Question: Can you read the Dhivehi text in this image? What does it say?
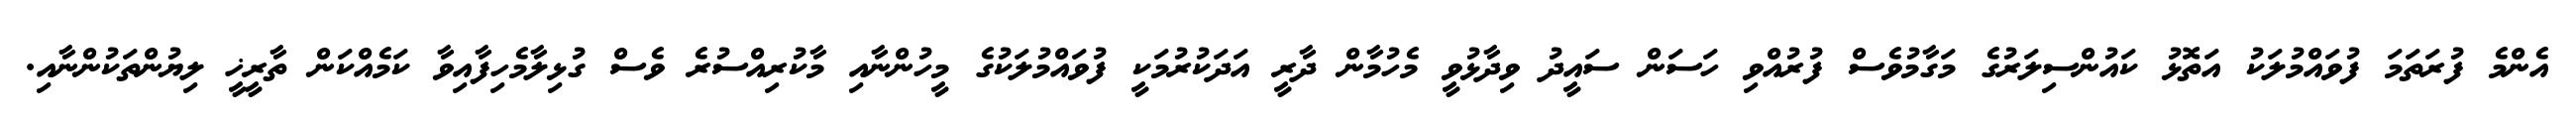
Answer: އެންމެ ފުރަތަމަ ފުވައްމުލަކު އަތޮޅު ކައުންސިލަރުގެ މަގާމުވެސް ފުރުއްވި ހަސަން ސައީދު ވިދާޅުވީ މެހުމާން ދާރީ އަދަކުރުމަކީ ފުވައްމުލަކުގެ މީހުންނާއި މާކުރިއްސުރެ ވެސް ގުޅިލާމެހިފާއިވާ ކަމެއްކަން ތާރީޚީ ލިޔުންތަކުންނާއި.